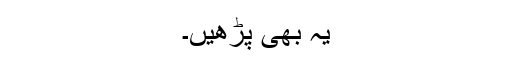
یہ بھی پڑھیں۔